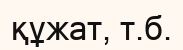
құжат, т.б.